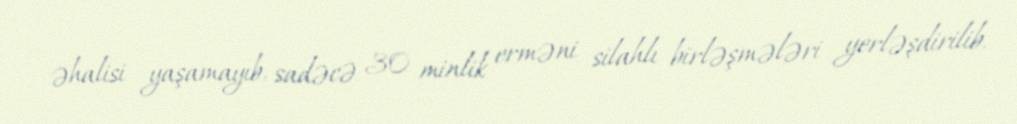
əhalisi yaşamayıb, sadəcə 30 minlik erməni silahlı birləşmələri yerləşdirilib.